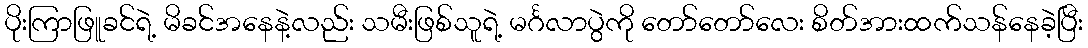
ပိုးကြာဖြူခင်ရဲ့ မိခင်အနေနဲ့လည်း သမီးဖြစ်သူရဲ့ မင်္ဂလာပွဲကို တော်တော်လေး စိတ်အားထက်သန်နေခဲ့ပြီး